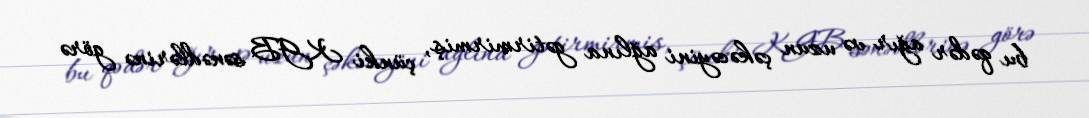
bu qədər ağır və uzun çəkəcəyini ağlına gətirmirmiş, çünki KGB sənədlərinə görə